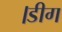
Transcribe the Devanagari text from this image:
।डीग